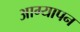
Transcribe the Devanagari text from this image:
आग्यापन